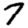
Digit: 7